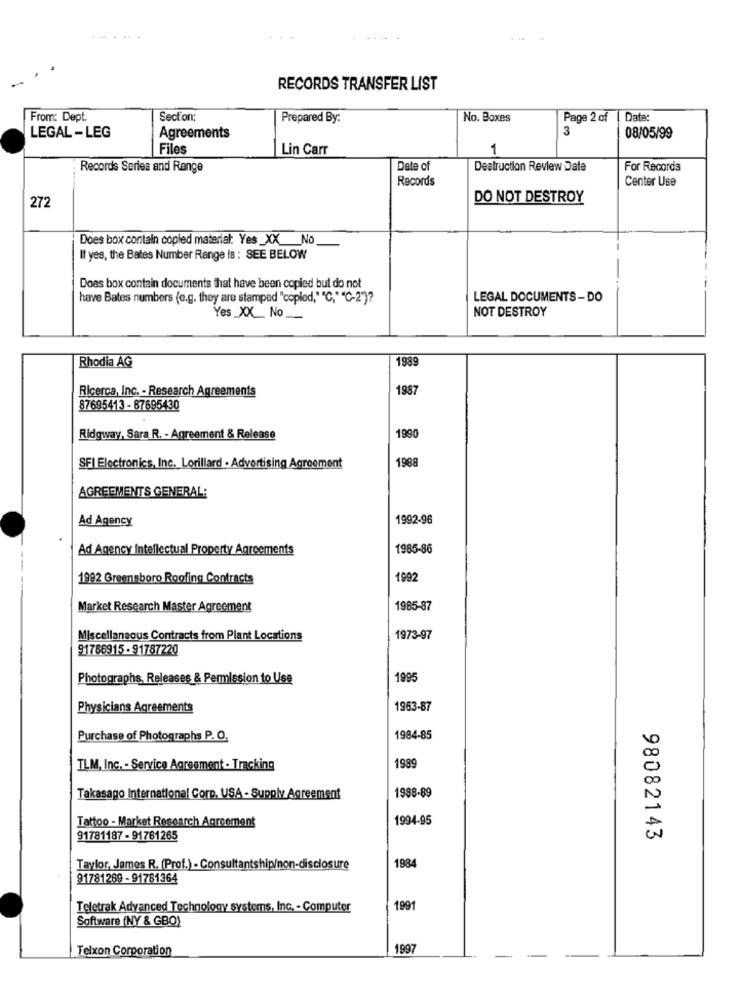
...
RECORDS TRANSFER LIST
From: Dept.
Section:
Prepared By:
No. Boxes
Page 2 of [
Date:
3
LEGAL - LEG
Agreements
08/05/99
Files
Lin Carr
1
Records Series and Range
Date of
Destruction Review Date
For Records
Records
Center Use
DO NOT DESTROY
272
Does box contain copied material: Yes _XX_No
If yes, the Bates Number Range Is : SEE BELOW
Does box contain documents that have been copied but do not
have Bates numbers (e.g. they are stamped "copied," "C,""C-2")?
LEGAL DOCUMENTS-DO
Yes _XX __ No
NOT DESTROY
1989
Rhodia AG
Ricerca, Inc. - Research Agreements
1987
87695413 - 87695430
Ridgway, Sara R. - Agreement & Release
1990
1988
SFI Electronics, Inc. Lorillard . Advertising Agreement
AGREEMENTS GENERAL:
Ad Agency
1992-96
Ad Agency Intellectual Property Agreements
1985-86
1992 Greensboro Roofing Contracts
1992
Market Research Master Agreement
1985-87
Miscellaneous Contracts from Plant Locations
1973-97
91786915 - 91787220
Photographs, Releases & Permission to Use
1995
Physicians Agreements
1963-87
Purchase of Photographs P. O.
1984-85
1989
TLM, Inc. - Service Agreement - Tracking
1988-89
Takasago International Corp. USA - Supply Agreement
Tattoo - Market Research Agreement
1994-95
91781187 - 91781265
98082143
Taylor, James R. (Prof.) - Consultantship/non-disclosure
1984
91781269 - 91781364
Teletrak Advanced Technology systems, Inc, - Computer
1991
Software (NY & GBO)
Telxon Corporation
1997
-